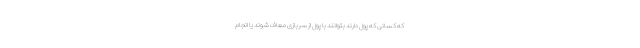
که کسانی که پول دارند بتوانند با پول از سربازی معاف شوند یا انجام